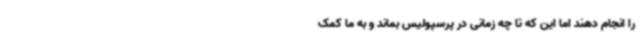
را انجام دهند اما این که تا چه زمانی در پرسپولیس بماند و به ما کمک